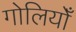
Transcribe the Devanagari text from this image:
गोलियोँ